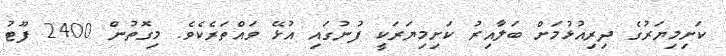
ކަށިމިޔަރުގެ ދިރިއުޅުމަށް ބަލާއިރު ކަށިމިޔަރަކީ ފުނުގައި އުޅޭ ވައްތަރެކެވެ. މިގޮތުން 2400 ފޫޓު